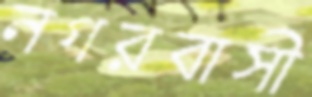
নগরবাসী